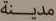
مدينة